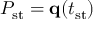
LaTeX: P _ { \mathrm { s t } } = \mathbf { q } ( t _ { \mathrm { s t } } )